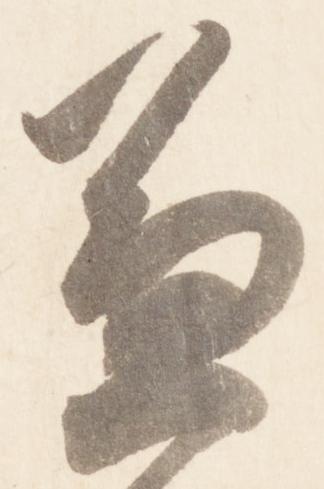
兼